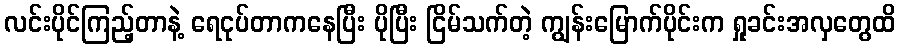
လင်းပိုင်ကြည့်တာနဲ့ ရေငုပ်တာကနေပြီး ပိုပြီး ငြိမ်သက်တဲ့ ကျွန်းမြောက်ပိုင်းက ရှုခင်းအလှတွေထိ